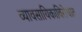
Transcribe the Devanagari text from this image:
व्यावसायिकाविरोधात